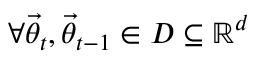
\forall \ensuremath { \vec { \theta } } _ { t } , \ensuremath { \vec { \theta } } _ { t - 1 } \in { \cal D } \subseteq \mathbb { R } ^ { d }